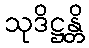
သုဒိဋ္ဌန္တိ